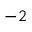
^ { - 2 }